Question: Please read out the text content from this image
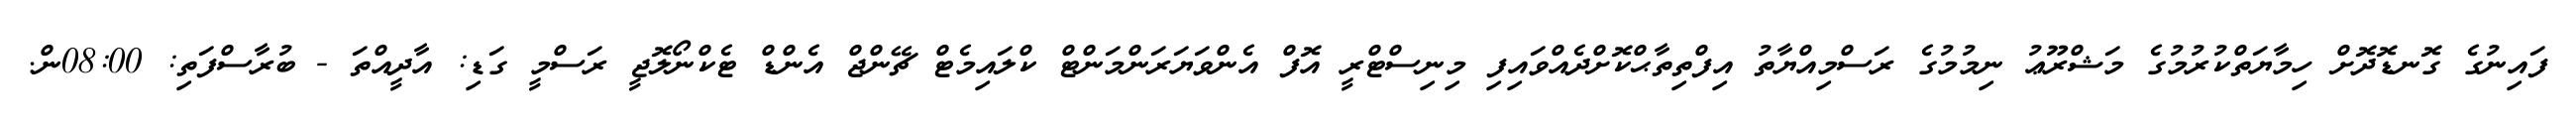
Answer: ފައިނުގެ ގޮނޑޮދޮށް ހިމާޔަތްކުރުމުގެ މަޝްރޫޢު ނިމުމުގެ ރަސްމިއްޔާތު އިފްތިތާޙްކޮށްދެއްވައިފި މިނިސްޓްރީ އޮފް އެންވަޔަރަންމަންޓް ކްލައިމެޓް ޗޭންޖް އެންޑް ޓެކްނޯލޮޖީ ރަސްމީ ގަޑި: އާދީއްތަ - ބުރާސްފަތި: 08:00ން.